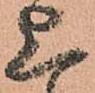
上